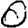
Digit: 0